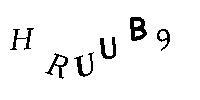
HRUUB9